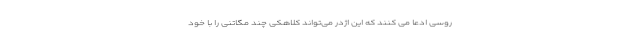
روسی ادعا می کنند که این اژدر می‌تواند کلاهکی چند مگاتنی را با خود